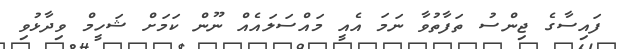
ފައިސާގެ ޖިންސު ތަފާތުވާ ނަމަ އެއީ މައްސަލައެއް ނޫން ކަމަށް ޝަހީމް ވިދާޅުވި